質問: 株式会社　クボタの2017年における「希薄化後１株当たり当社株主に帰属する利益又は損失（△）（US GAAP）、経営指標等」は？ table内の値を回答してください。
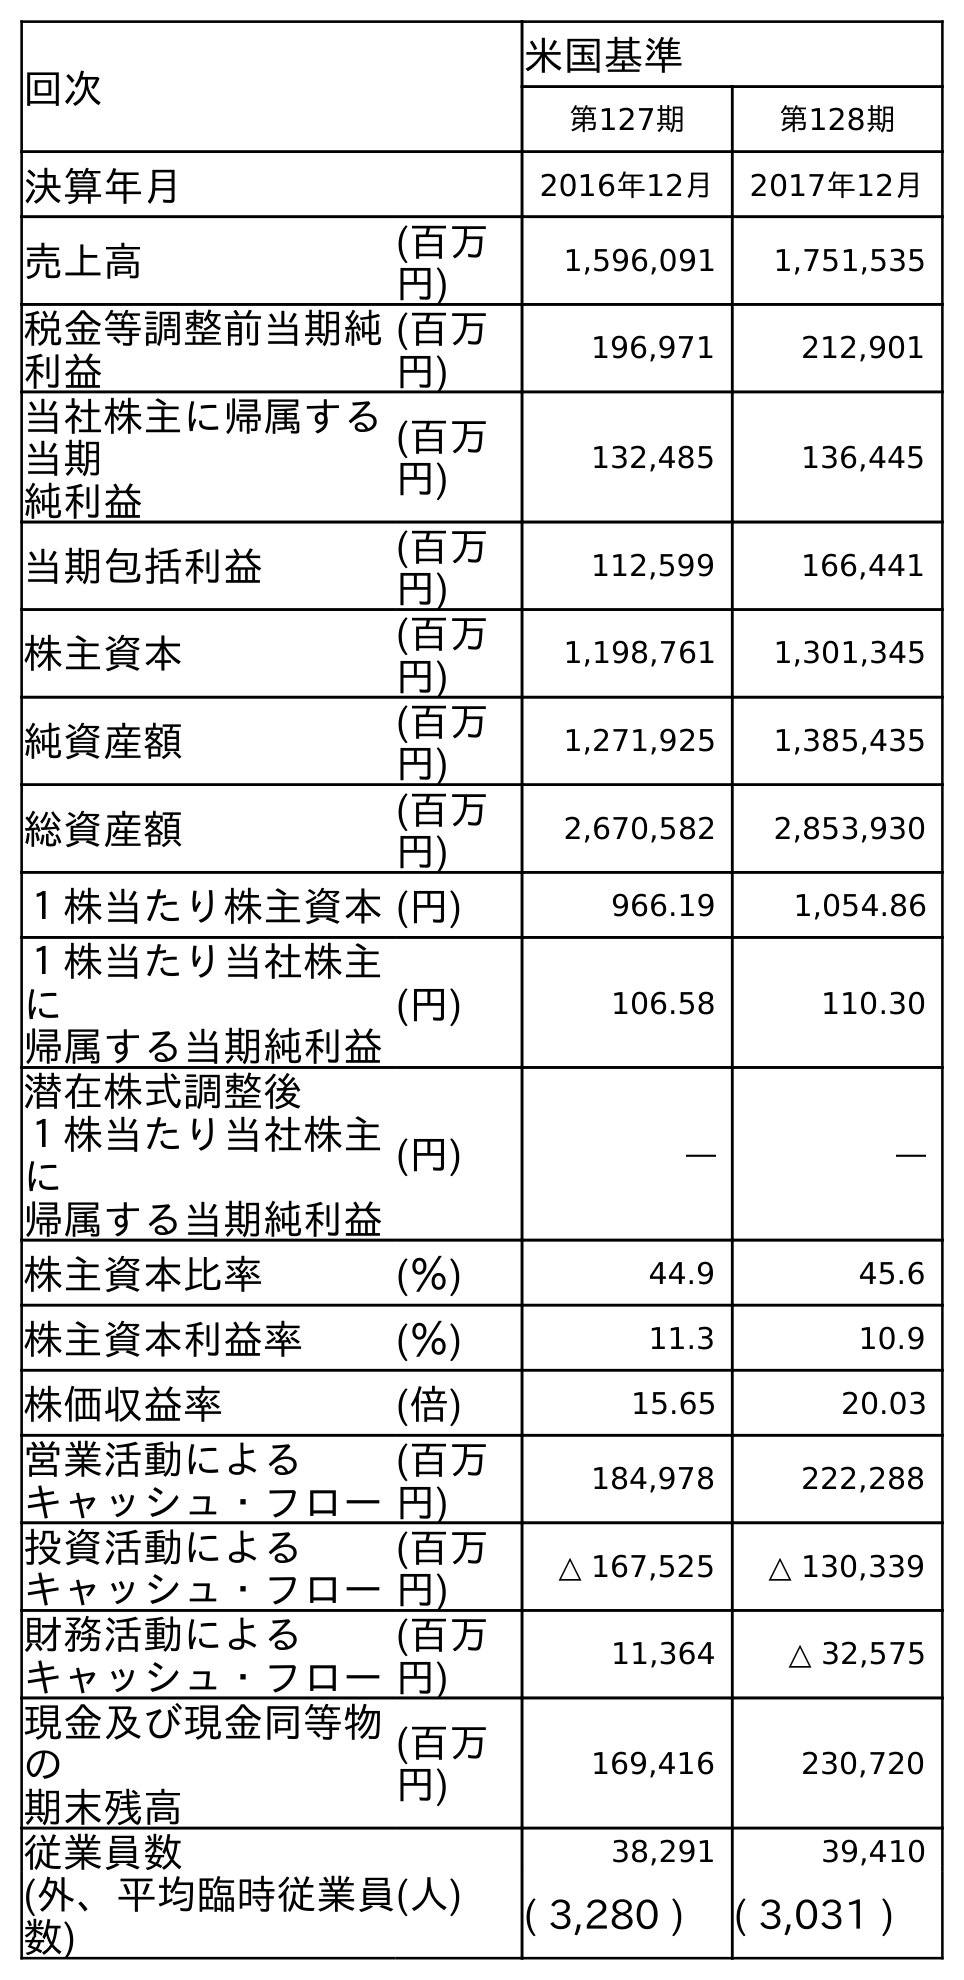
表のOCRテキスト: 回次 米国基準 第127期 第128期 決算年月 2016年12月 2017年12月 売上高 (百万 円) 1,596,091 1,751,535 税金等調整前当期純 利益 (百万 円) 196,971 212,901 当社株主に帰属する 当期 純利益 (百万 円) 132,485 136,445 当期包括利益 (百万 円) 112,599 166,441 株主資本 (百万 円) 1,198,761 1,301,345 純資産額 (百万 円) 1,271,925 1,385,435 総資産額 (百万 円) 2,670,582 2,853,930 １株当たり株主資本(円) 966.19 1,054.86 １株当たり当社株主 に 帰属する当期純利益 (円) 106.58 110.30 潜在株式調整後 １株当たり当社株主 に 帰属する当期純利益 (円) ― ― 株主資本比率 (％) 44.9 45.6 株主資本利益率 (％) 11.3 10.9 株価収益率 (倍) 15.65 20.03 営業活動による キャッシュ・フロー (百万 円) 184,978 222,288 投資活動による キャッシュ・フロー (百万 円) △ 167,525 △ 130,339 財務活動による キャッシュ・フロー (百万 円) 11,364 △ 32,575 現金及び現金同等物 の 期末残高 (百万 円) 169,416 230,720 従業員数 (人) 38,291 39,410 (外、平均臨時従業員 数) ( 3,280 ) ( 3,031 )
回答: ―